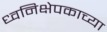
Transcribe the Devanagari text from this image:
ध्वनिक्षेपकाच्या